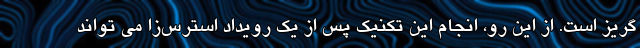
گریز است. از این رو، انجام این تکنیک پس از یک رویداد استرس‌زا می تواند